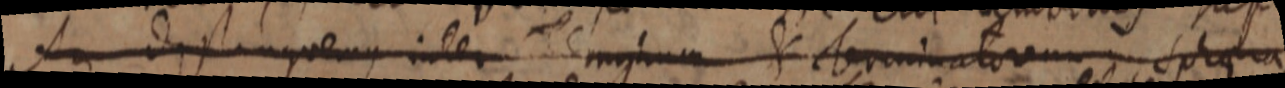
An distinguemus inter minum terminatorem spheara